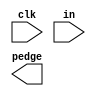
module top_module (
    input clk,
    input [7:0] in,
    output [7:0] pedge
);

endmodule